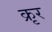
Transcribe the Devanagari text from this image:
क्रृर